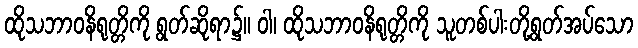
ထိုသဘာဝနိရုတ္တိကို ရွတ်ဆိုရာ၌။ ဝါ၊ ထိုသဘာဝနိရုတ္တိကို သူတစ်ပါးတို့ရွတ်အပ်သော